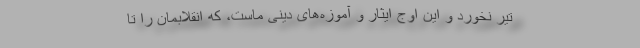
تیر نخورد و این اوج ایثار و آموزه‌های دینی ماست، که انقلابمان را تا